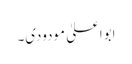
ابواعلیٰ مودودی۔